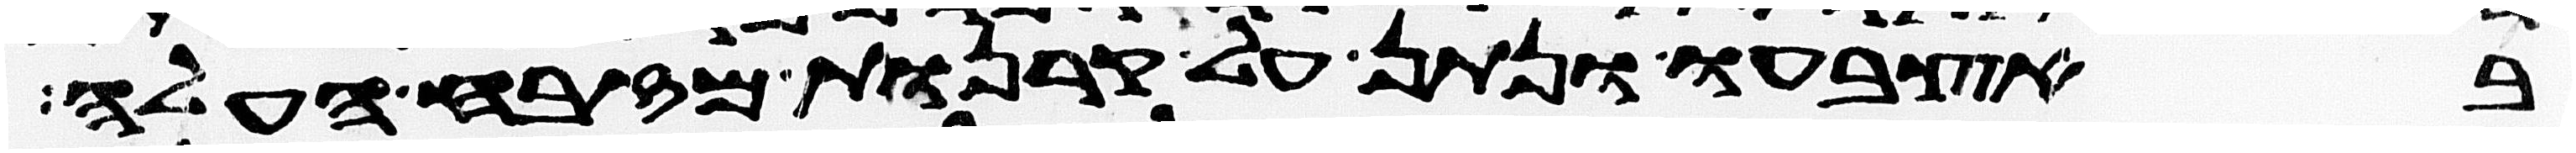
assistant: באצבעו ונתן על קרנות מזבח העלה